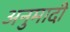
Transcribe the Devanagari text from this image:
अनुमादी